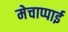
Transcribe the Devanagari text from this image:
मेचाप्पाई